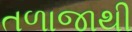
તળાજાથી